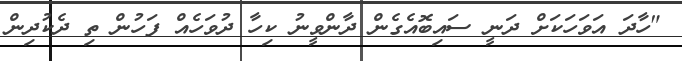
"ހާދަ އަވަހަކަށް ދަނީ ސައިބޮއެގެން ދާންވީނު ކިހާ ދުވަހެއް ފަހުން ތި ދެކުދިން